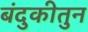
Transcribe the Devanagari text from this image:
बंदुकीतुन